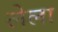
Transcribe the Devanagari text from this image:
लेला